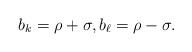
LaTeX: \begin{align*}b_k = \rho + \sigma, b_{\ell} = \rho - \sigma.\end{align*}